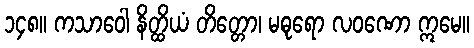
၁၄၈။ ကသာဝေါ နိတ္ထိယံ တိတ္တော၊ မဓုရော လဝဏော ဣမေ။